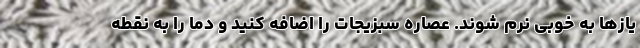
یاز‌ها به خوبی نرم شوند. عصاره سبزیجات را اضافه کنید و دما را به نقطه